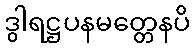
ဒွါရဋ္ဌပနမတ္တေနပိ